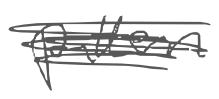
Text: pattern
Cross-out: scratch
Writing tool: digital_gray